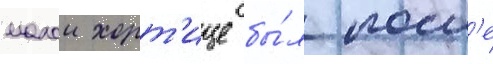
малои хорт'ице бы́л посл'е